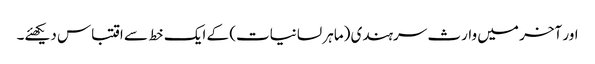
اور آخر میں وارث سرہندی (ماہر لسانیات) کے ایک خط سے اقتباس دیکھئے۔